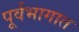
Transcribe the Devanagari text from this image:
पूर्वभागात